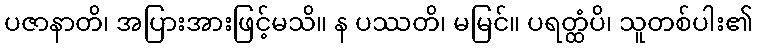
ပဇာနာတိ၊ အပြားအားဖြင့်မသိ။ န ပဿတိ၊ မမြင်။ ပရတ္ထံပိ၊ သူတစ်ပါး၏